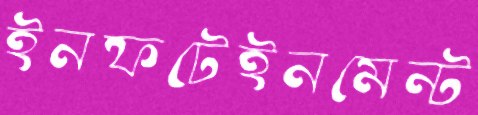
ইনফটেইনমেন্ট